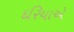
દરિયાએ